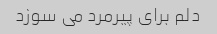
دلم برای پیرمرد می سوزد